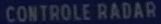
CONTROLE-RADAR